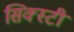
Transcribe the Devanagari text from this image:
सिक्स्टी